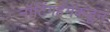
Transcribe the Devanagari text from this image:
नॉटिंगहॅमकडून